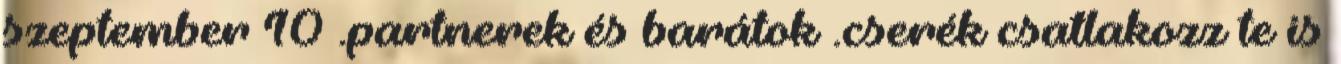
szeptember 10 .partnerek és barátok .cserék csatlakozz te is